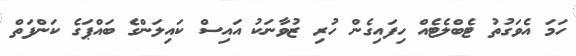
ހަމަ އެވަގުތު ޓެބްލެޓެއް ހިފައިގެން ހުރި ޒުވާނަކު އައިސް ކައިލަންގެ ބައްޕަގެ ކަންފަތް